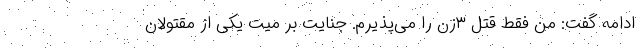
ادامه گفت: من فقط قتل ٣زن را می‌پذیرم. جنایت بر میت یکی از مقتولان